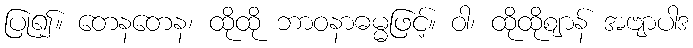
ပြု၍။ တေနတေန၊ ထိုထို ဘာဝနာဓမ္မဖြင့်။ ဝါ၊ ထိုထိုဈာန် အဗျာပါဒ